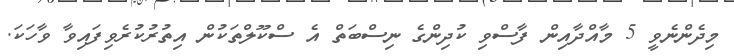
މިދެންނެވީ 5 މާއްދާއިން ފާސްވި ކުދިންގެ ނިސްބަތް އެ ސްކޫލްތަކުން އިތުރުކުރެވިފައިވާ ވާހަކަ.